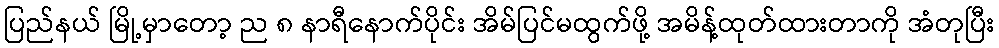
ပြည်နယ် မြို့မှာတော့ ည ၈ နာရီနောက်ပိုင်း အိမ်ပြင်မထွက်ဖို့ အမိန့်ထုတ်ထားတာကို အံတုပြီး